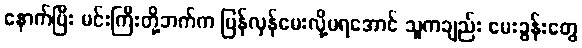
နောက်ပြီး မင်းကြီးတို့ဘက်က ပြန်လှန်မေးလို့မရအောင် သူကချည်း မေးခွန်းတွေ